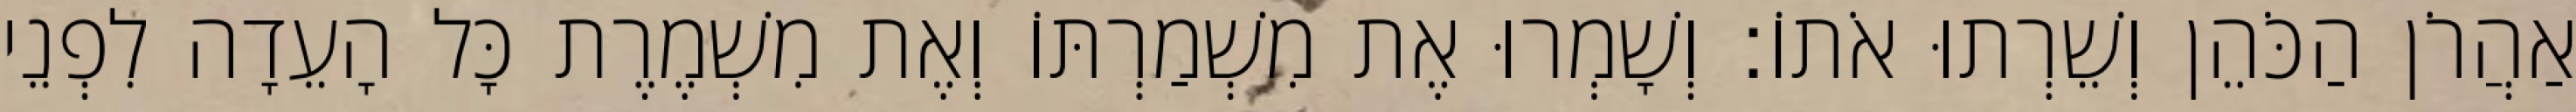
אַהֲרֹן הַכֹּהֵן וְשֵׁרְתוּ אֹתוֹ׃ וְשָׁמְרוּ אֶת מִשְׁמַרְתּוֹ וְאֶת מִשְׁמֶרֶת כָּל הָעֵדָה לִפְנֵי